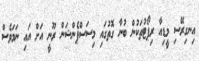
އިނގިރޭސި މީޑިއާ ރިޕޯޓުތަކުން ބުނާ ގޮތުގައި މިސަސްޕެންޝަން ރޫނީ އަށް އައި ނަމަވެސް